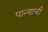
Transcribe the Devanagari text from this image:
पान्याची